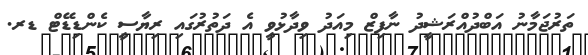
ތަރުޖަމާނު އަބްދުއްރަޝީދު ނާފިޒް މިއަދު ވިދާޅުވީ އެ ދަތުރުގައި ރިޔާސީ ކެންޑިޑޭޓް ޑރ.